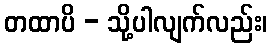
တထာပိ - သို့ပါလျက်လည်း၊